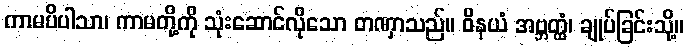
ကာမပိပါသာ၊ ကာမတို့ကို သုံးဆောင်လိုသော တဏှာသည်။ ဝိနယံ အဗ္ဘတ္ထံ၊ ချုပ်ခြင်းသို့။